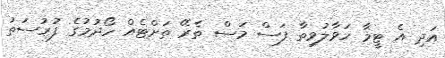
އަދި އެ ޓީމާ ހަވާލުވިތާ ފަސް މަސް ތެރޭ ތަށްޓެއް ހޯދުމުގެ ފުރުސަތު